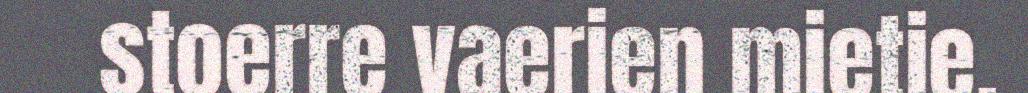
stoerre vaerien mietie.